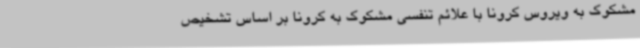
مشکوک به ویروس کرونا با علائم تنفسی مشکوک به کرونا بر اساس تشخیص